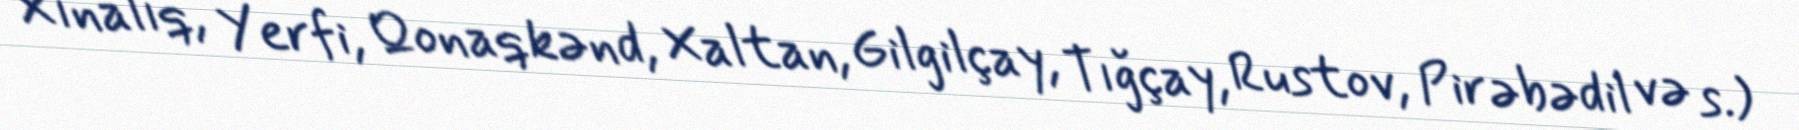
Xınalıq, Yerfi, Qonaqkənd, Xaltan, Gilgilçay, Tığçay, Rustov, Pirəbədil və s.)